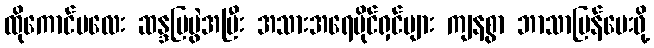
ထိုကောင်မလေး ဆန္ဒပြပွဲအပြီး အသားအရေပိုင်ရှင်များ ကျနစွာ ဘာသာပြန်ပေးဖို့